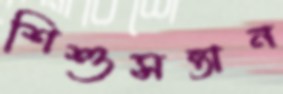
শিশুসন্তান